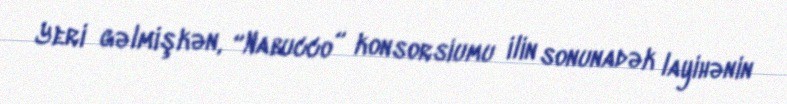
Yeri gəlmişkən, “Nabucco” konsorsiumu ilin sonunadək layihənin